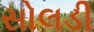
સોલડી